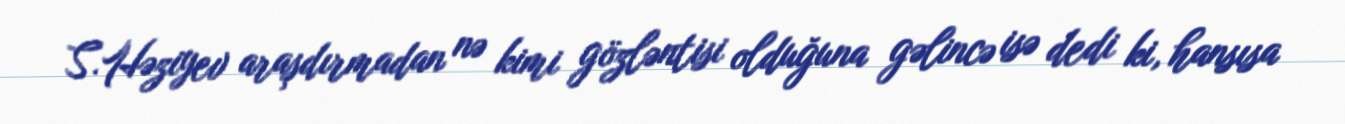
S.Həziyev araşdırmadan nə kimi gözləntisi olduğuna gəlincə isə dedi ki, hansısa